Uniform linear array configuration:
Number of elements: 12
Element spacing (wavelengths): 0.5
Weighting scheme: hamming
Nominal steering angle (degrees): -45
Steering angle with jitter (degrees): -43.097
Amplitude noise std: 0.05
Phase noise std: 0.05

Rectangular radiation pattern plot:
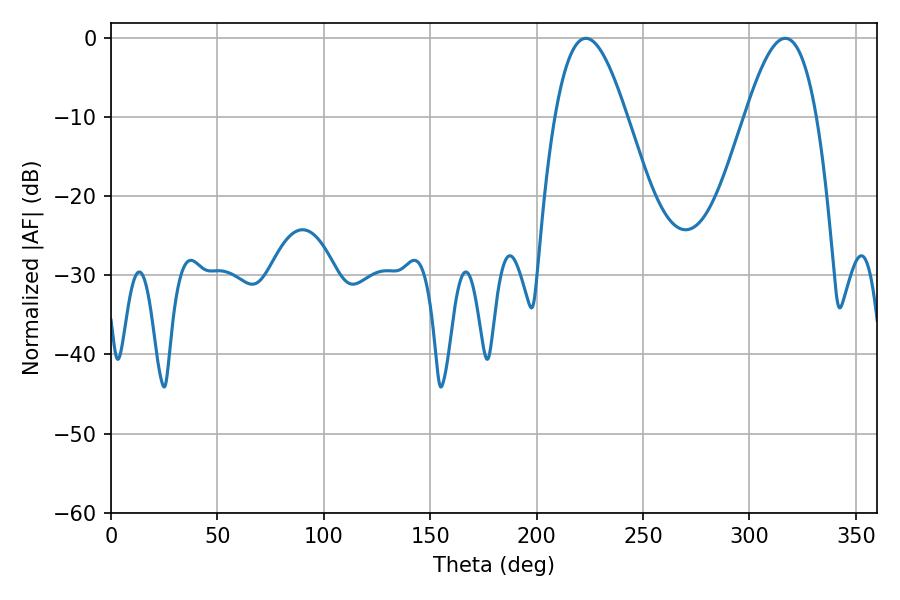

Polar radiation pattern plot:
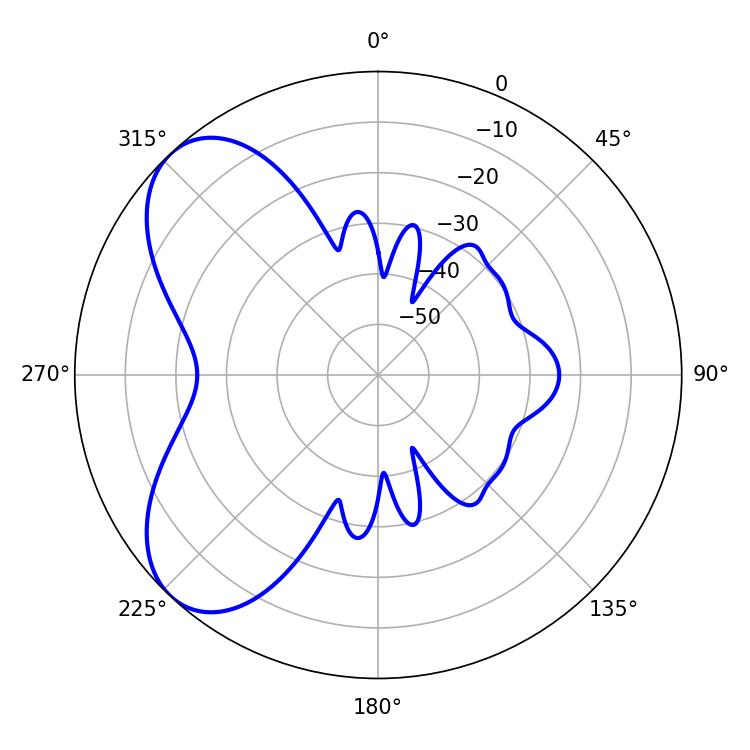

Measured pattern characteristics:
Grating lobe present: FALSE
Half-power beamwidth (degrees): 18.18
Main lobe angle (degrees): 223.2